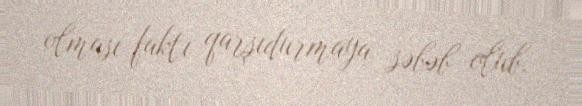
olması faktı qarşıdurmaya səbəb olub.